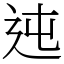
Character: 迍